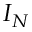
I _ { N }